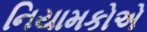
નિયામકોએ